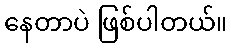
နေတာပဲ ဖြစ်ပါတယ်။